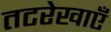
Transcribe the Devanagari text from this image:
तटरेखाएँ